Report on sanitation, dispensaries, and jails in Rajputana for 1911, and on vaccination for the year 1911-1912 - 1911-1912
Year: 1911
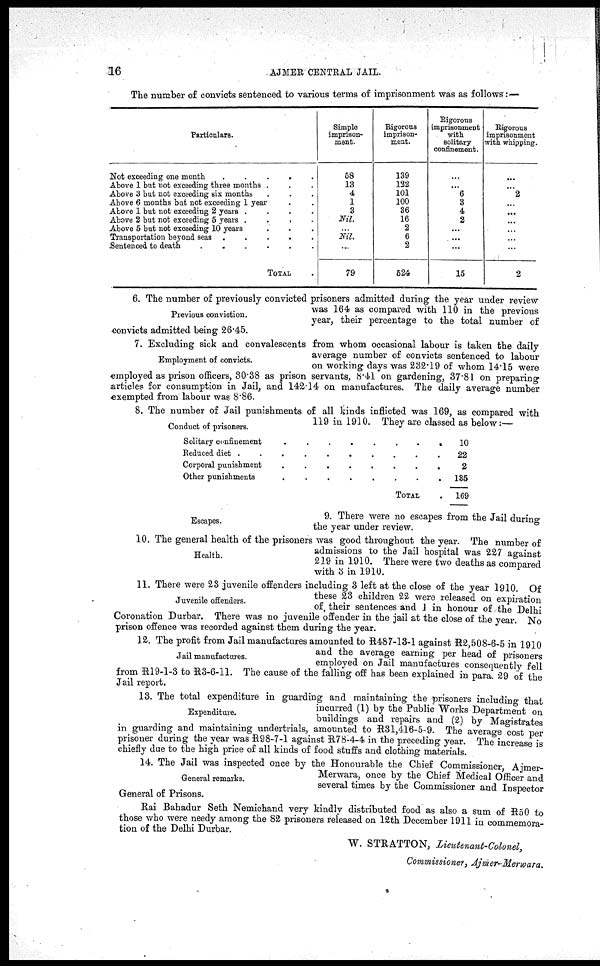
16
AJMER CENTRAL JAIL.
The number of convicts sentenced to various terms of imprisonment was as follows:—
Particulars.
Not exceeding one month
.
.
.
.
.
.
Above 1 but not exceeding three months . . .
Above 3 but not exceeding six months . . . . . .
Above 6 months bat not exceeding 1 year . .
Above 1 but not exceeding 2 years . . . . . .
Above 2 but not exceeding 5 years . . . . . .
Above 5 but not exceeding 10 years . . . . . .
Transportation beyond seas
.
.
.
.
.
.
Sentenced to death
.
.
.
.
.
.
TOTAL .
Simple
imprison-
ment.
58
13
4
1
3
Nil.
...
Nil.
...
79
Rigorous
imprison-
ment.
139
122
101
100
36
16
2
6
2
524
Rigorous
imprisonment
with
solitary
confinement.
...
...
6
3
4
2
...
...
...
15
Rigorous
imprisonment
with whipping.
...
...
2
...
...
...
...
...
...
2
Previous conviction.
6. The number of previously convicted prisoners admitted during the year under review
was 164 as compared with 110 in the previous
year, their percentage to the total number of
convicts admitted being 26.45.
Employment of convicts.
7. Excluding sick and convalescents from whom occasional labour is taken the daily
average number of convicts sentenced to labour
on working days was 232.19 of whom 14.15 were
employed as prison officers, 30.38 as prison servants, 8.41 on gardening, 37.81 on preparing
articles for consumption in Jail, and 142.14 on manufactures. The daily average number
exempted from labour was 8.86.
Conduct of prisoners.
8. The number of Jail punishments of all kinds inflicted was 169, as compared with
119 in 1910. They are classed as below:—
Solitary confinement
........
Reduced diet
..........
Corporal punishment
........
Other punishments
........
TOTAL .
10
22
2
135
169
Escapes.
9. There were no escapes from the Jail during
the year under review.
Health.
10. The general health of the prisoners was good throughout the year. The number of
admissions to the Jail hospital was 227 against
219 in 1910. There were two deaths as compared
with 3 in 1910.
Juvenile offenders.
11. There were 23 juvenile offenders including 3 left at the close of the year 1910. Of
these 23 children 22 were released on expiration
of, their sentences and 1 in honour of the Delhi
Coronation Durbar. There was no juvenile offender in the jail at the close of the year. No
prison offence was recorded against them during the year.
Jail manufactures.
12. The profit from Jail manufactures amounted to R487-13-1 against R2,508-6-5 in 1910
and the average earning per head of prisoners
employed on Jail manufactures consequently fell
from R19-1-3 to R3-6-11. The cause of the falling off has been explained in para. 29 of the
Jail report.
Expenditure.
13. The total expenditure in guarding and maintaining the -prisoners including that
incurred (1) by the Public Works Department on
buildings and repairs and (2) by Magistrates
in guarding and maintaining undertrials, amounted to R31,416-5-9. The average cost per
prisoner during the year was R98-7-1 against R78-4-4 in the preceding year. The increase is
chiefly due to the high price of all kinds of food stuffs and clothing materials.
General remarks.
14. The Jail was inspected once by the Honourable the Chief Commissioner, Ajmer-
Merwara, once by the Chief Medical Officer and
several times by the Commissioner and Inspector
General of Prisons.
Rai Bahadur Seth Nemichand very kindly distributed food as also a sum of R50 to
those who were needy among the 82 prisoners released on 12th December 1911 in commemora-
tion of the Delhi Durbar.
W. STRATTON,
Lieutenant-Colonel,
Commissioner,
Ajmer-Merwara.